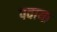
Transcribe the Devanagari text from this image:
पवाया